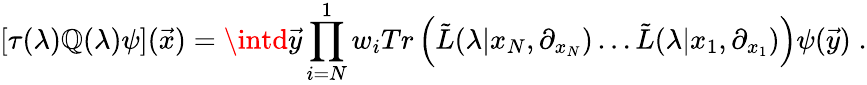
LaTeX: [\tau(\lambda)\mathbb{Q}(\lambda)\psi]({\vec{{x}}})=\intd{\vec{{y}}}\prod_{i=N}^{1}w_{i}Tr\left({\tilde{{L}}}(\lambda|x_{N},\partial_{x_{N}})\ldots{\tilde{{L}}}(\lambda|x_{1},\partial_{x_{1}})\right)\psi({\vec{{y}}})\; .